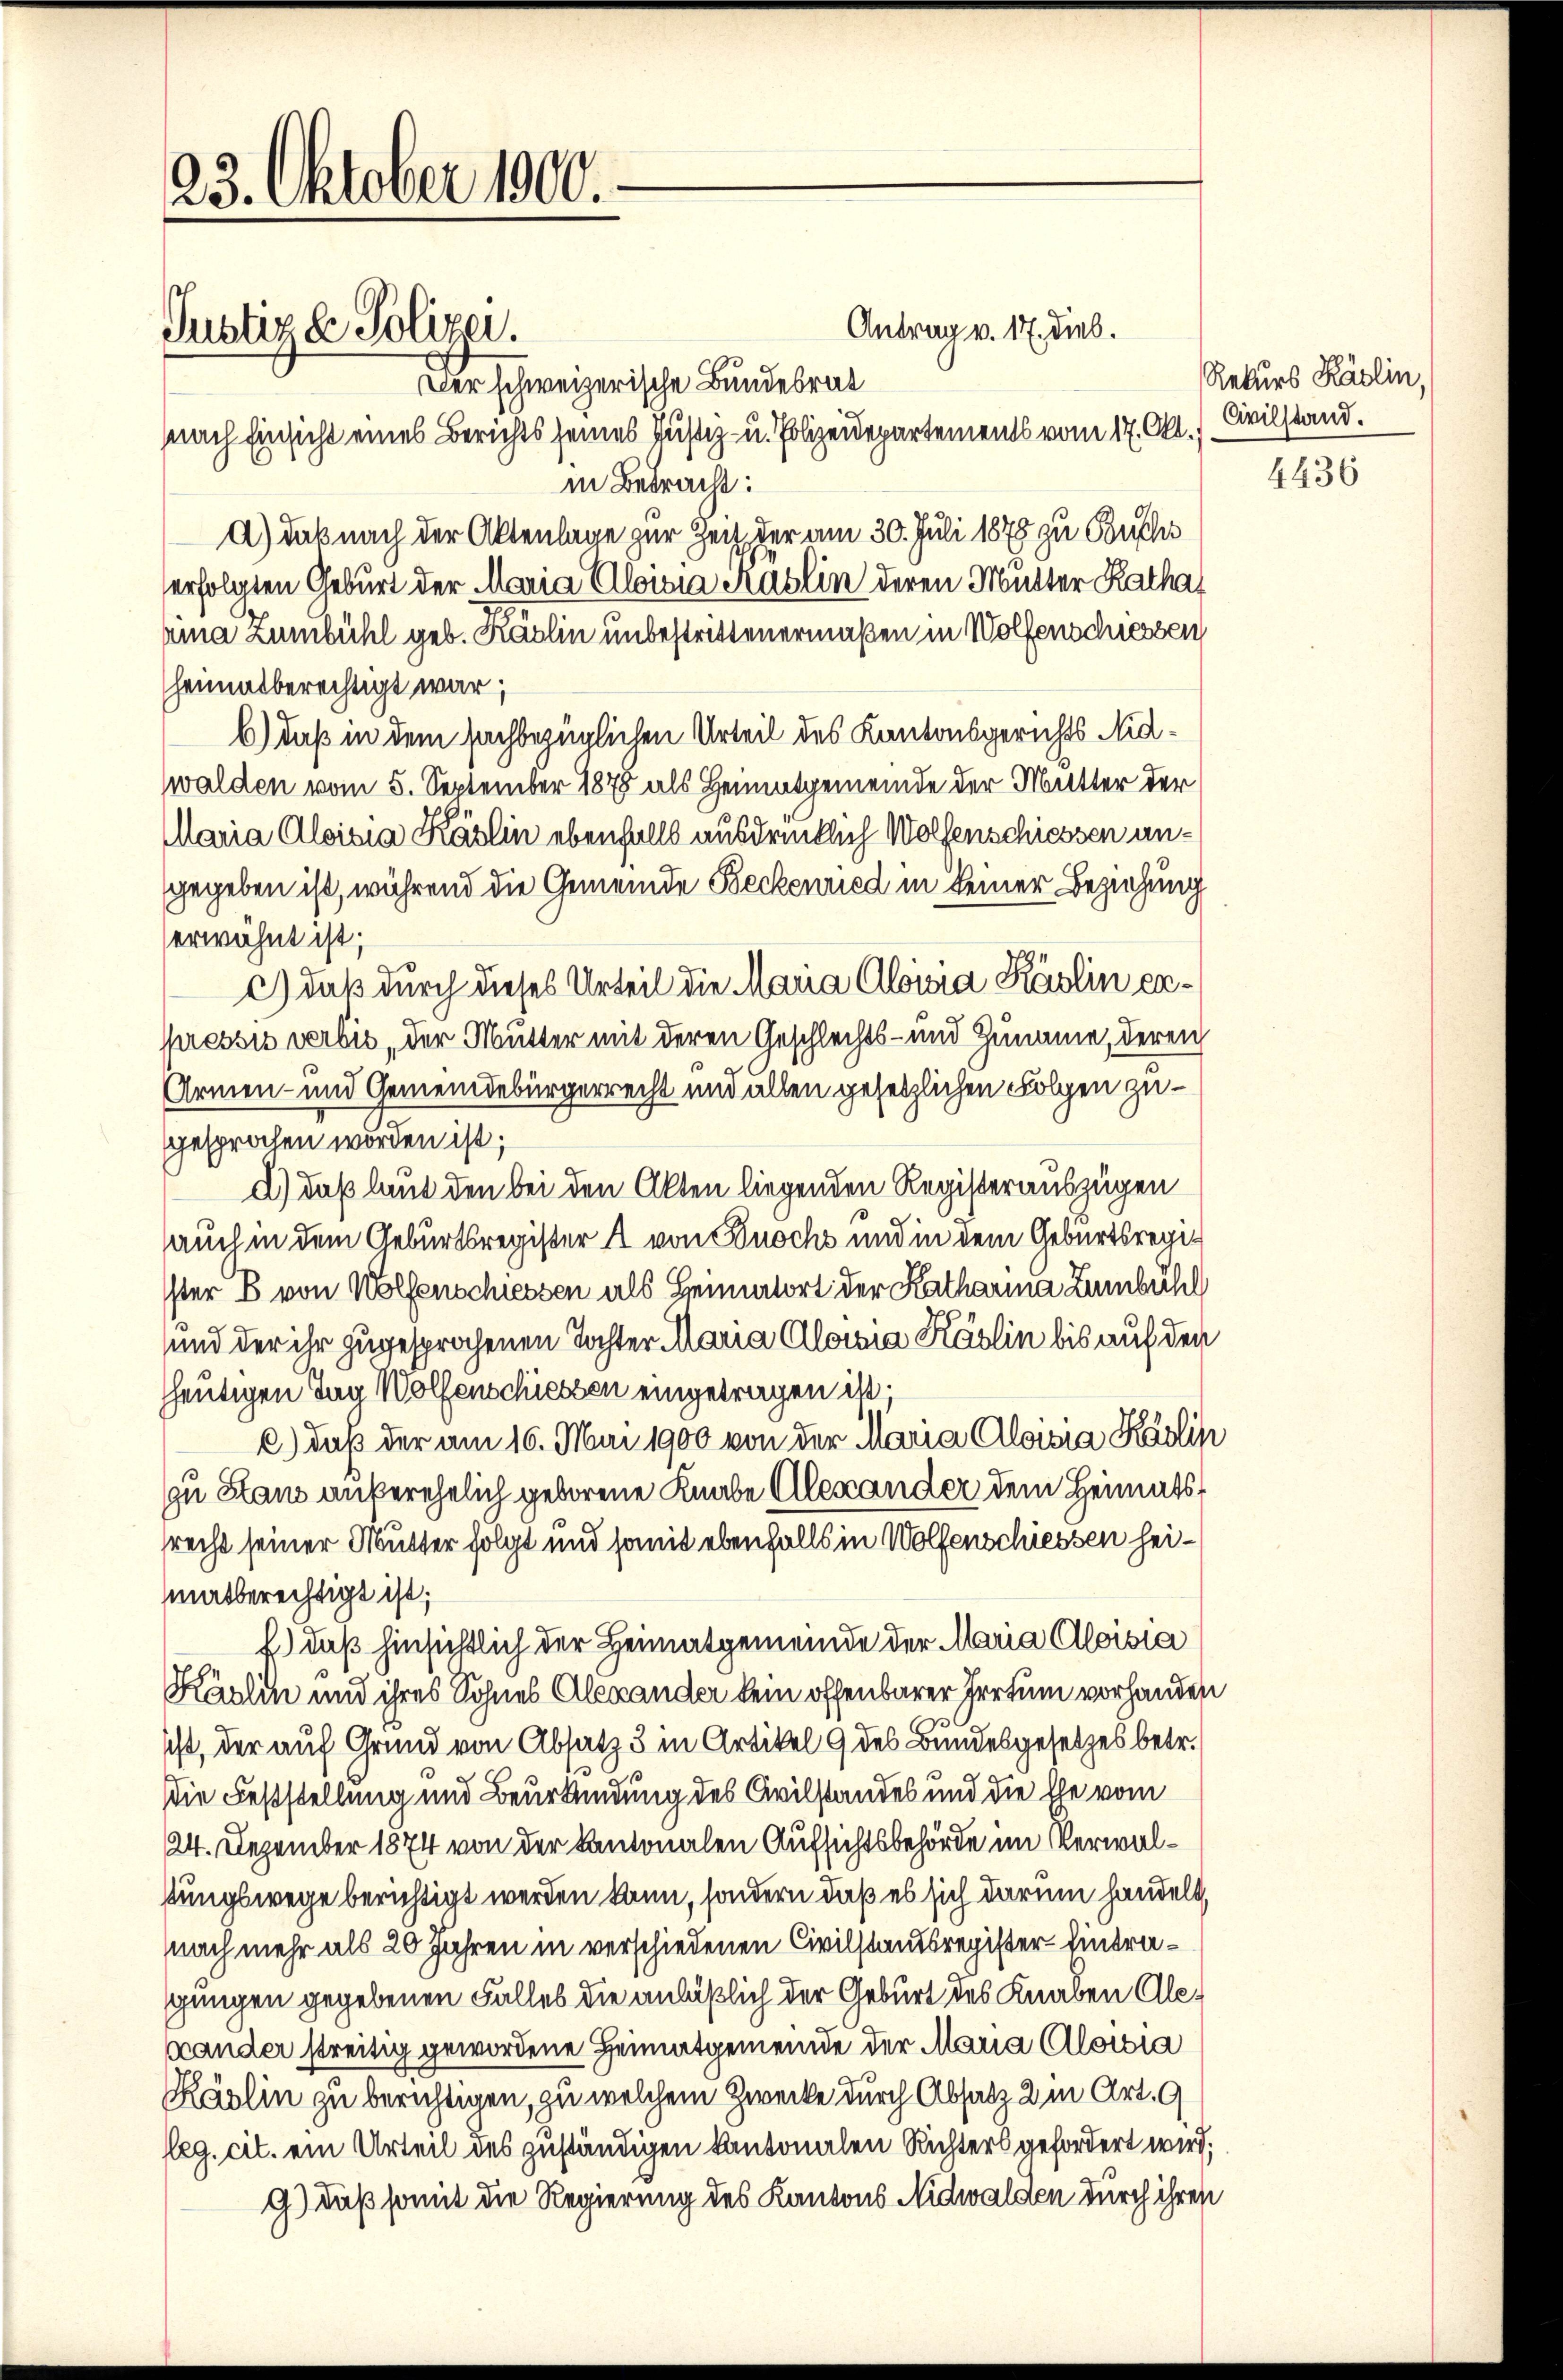
23. Oktober 1900.
Justiz & Polizei.

Der schweizerische Bundesrat
nach Einsicht eines Berichts seines Justiz- u. Polizeidepartements vom 17. Okt.) Civilstand.
in Betracht:
d) daß nach der Aktenlage zur Zeit der am 30. Juli 1878 zu Buschr
erfolgten Geburt der Maria Aloisia Raslin deren Mutter Rathar
rina Zumbühl geb. Käslin unbestrittenermaßen in Wolfenschiessen
heimatberechtigt war;
b.) daß in dem sachbezüglichen Urteil des Kantonsgerichts Nidwalden vom 5. September 1878 als Heimatgemeinde der Mutter der
Maria Aloisia Käslin ebenfalls ausdrücklich Wolfenschiessen angegeben ist, während die Gemeinde Beckenried in keiner Beziehung
erwähnt ist;
c.) daß durch dieses Urteil die Maria Aloisia Käslin expressis verbis, der Mutter mit deren Geschlechts- und Zuname, deren
Armen- und Gemeindebürgerrecht und allen gesetzlichen Folgen zugesprochen worden ist;
d.) daß laut den bei den Alten liegenden Registerauszügen
auch in dem Geburtsregister A von Buochs und in dem Geburtsregisster B. von Wolfenschiessen als Heimatort der Katharina Zumbühl
und der ihr zugesprochenen Tochter Maria Aloisia Käslin bis auf den
hheutigen Tag Wolfenschiessen eingetragen ist.
c.) daß der am 16. Mai 1900 von der Maria Aloisia Käslin
zu Stand außerehelich geborene Knabe Alexander dem Heimatsrecht seiner Mutter folgt und somit ebenfalls in Wolfenschiessen heimatberechtigt ist;
f.) daß hinsichtlich der Heimatgemeinde der Maria Aloisia
Käslin und ihres Sohnes Alexander kein offenbarer Irrtum vorhanden
ist, der auf Grund von Absatz 3 in Artikel 9 des Bundesgesetzes betr.
Die Feststellung und Beurkundung des Civilstandes und die Ehe vom
24. Dezember 1874 von der Kantonalen Aufsichtsbehörde im Verwalstungswege berichtigt werden kann, sondern daß es sich darum handelt,
nach mehr als 20 Jahren in verschiedenen Civilstandsregister Eintragungen gegebenen Falles die anläßlich der Geburt des Knaben Alexander streitig gewordene Heimatgemeinde der Maria Aloisia
Käslin zu berichtigen, zu welchem Zwecke durch Absatz 2 in Art. 9
leg. cit. ein Urteil des zuständigen kantonalen Richters gefordert wird;
G.) daß somit die Regierung des Kantons Nidwalden durch ihren

Antrag v. 17. dies.

Rekurs Käslin,

4436